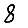
Digit: 8